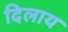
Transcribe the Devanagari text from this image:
दिलाय